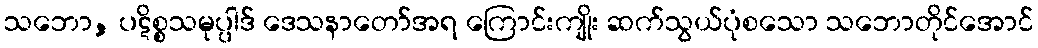
သဘော, ပဋိစ္စသမုပ္ပါဒ် ဒေသနာတော်အရ ကြောင်းကျိုး ဆက်သွယ်ပုံစသော သဘောတိုင်အောင်